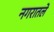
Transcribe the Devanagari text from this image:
नगरातले